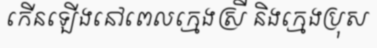
កើនឡើងនៅពេលក្មេងស្រី និងក្មេងប្រុស